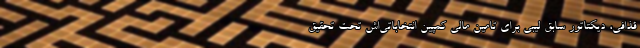
قذافی، دیکتاتور سابق لیبی برای تامین مالی کمپین انتخاباتی‌اش تحت تحقیق